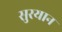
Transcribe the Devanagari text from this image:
सुरयान